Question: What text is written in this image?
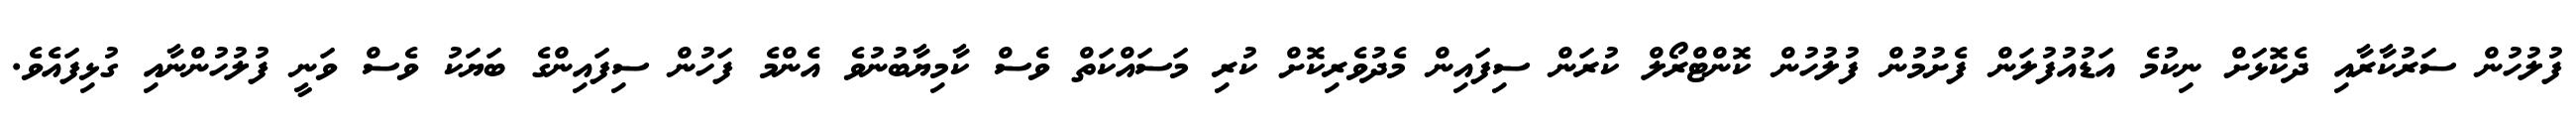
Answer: ފުލުހުން ސަރުކާރާއި ދެކޮޅަށް ނިކުމެ އަޑުއުފުލަން ފެށުމުން ފުލުހުން ކޮންޓްރޯލް ކުރަން ސިފައިން މެދުވެރިކޮށް ކުރި މަސައްކަތް ވެސް ކާމިޔާބުނުވެ އެންމެ ފަހުން ސިފައިންގެ ބަޔަކު ވެސް ވަނީ ފުލުހުންނާއި ގުޅިފައެވެ.